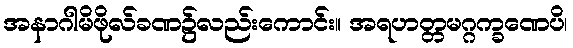
အနာဂါမိဖိုလ်ခဏ၌လည်းကောင်း။ အရဟတ္တမဂ္ဂက္ခဏေပိ၊